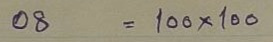
08 = 100 x 100